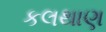
કલથાણ